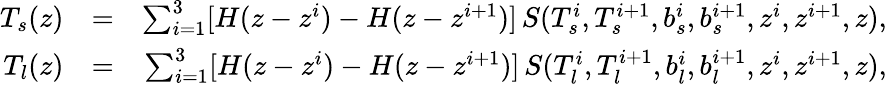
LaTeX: \begin{array}{rlr}{T_{s}(z)}&{=}&{\sum_{i=1}^{3}[H(z-z^{i})-H(z-z^{i+1})]\, S(T_{s}^{i},T_{s}^{i+1},b_{s}^{i},b_{s}^{i+1},z^{i},z^{i+1},z),}\\ {T_{l}(z)}&{=}&{\sum_{i=1}^{3}[H(z-z^{i})-H(z-z^{i+1})]\, S(T_{l}^{i},T_{l}^{i+1},b_{l}^{i},b_{l}^{i+1},z^{i},z^{i+1},z),}\end{array}